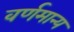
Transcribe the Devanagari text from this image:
वर्णमान्य